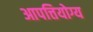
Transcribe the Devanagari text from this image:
आपत्तियोग्य